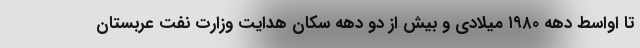
تا اواسط دهه ۱۹۸۰ میلادی و بیش از دو دهه سکان هدایت وزارت نفت عربستان